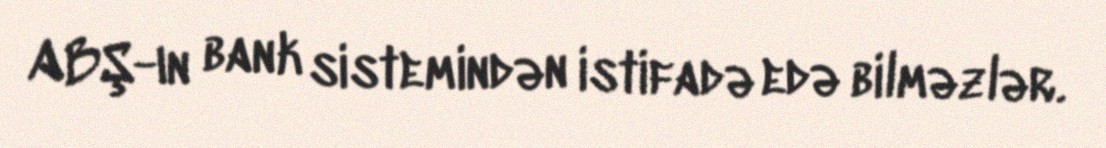
ABŞ-ın bank sistemindən istifadə edə bilməzlər.